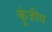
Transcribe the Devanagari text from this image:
कुंजीय